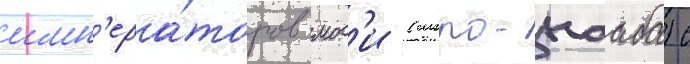
имп'ера́торов мос'и (моро-нааба) с